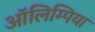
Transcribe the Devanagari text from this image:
ऑलिम्पिया